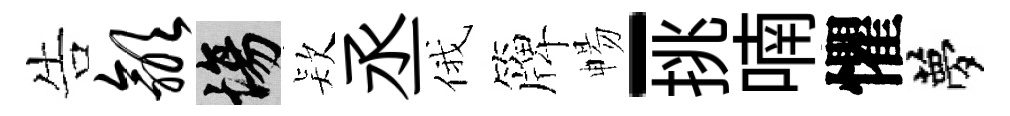
告歙場𣣇丞俄簰暢-挑喃懼夢